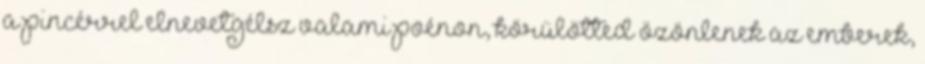
a pincérrel elnevetgélsz valami poénon, körülötted özönlenek az emberek,